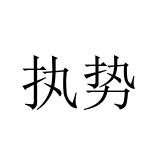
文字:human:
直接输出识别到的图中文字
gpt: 执势